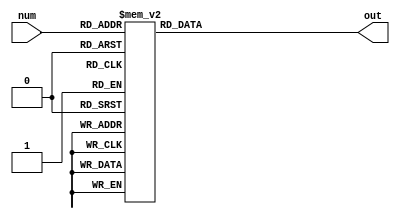
`timescale 1ns / 1ps
//////////////////////////////////////////////////////////////////////////////////
// Company: 
// Engineer: 
// 
// Design Name: 
// Module Name:    seven_segment 
// Project Name: 
// Target Devices: 
// Tool versions: 
// Description: 
//
// Dependencies: 
//
// Revision: 
// Revision 0.01 - File Created
// Additional Comments: 
//
//////////////////////////////////////////////////////////////////////////////////
module seven_segment(
	input wire [3:0] num,
	output reg [6:0] out
);


always @(*) begin
	case (num)
		4'h0: out = ~7'b1111110;
		4'h1: out = ~7'b0110000;
		4'h2: out = ~7'b1101101;
		4'h3: out = ~7'b1111001;
		4'h4: out = ~7'b0110011;
		4'h5: out = ~7'b1011011;
		4'h6: out = ~7'b1011111;
		4'h7: out = ~7'b1110000;
		4'h8: out = ~7'b1111111;
		4'h9: out = ~7'b1111011;
		4'ha: out = 7'b0001000;
		4'hb: out = 7'b1100000;
		4'hc: out = 7'b0110001;
		4'hd: out = 7'b1000010;
		4'he: out = 7'b0110000;
		4'hf: out = 7'b0111000;
		default: out = 7'b1111111;
	endcase
end

endmodule